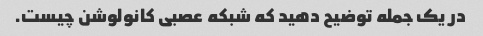
در یک جمله توضیح دهید که شبکه عصبی کانولوشن چیست.